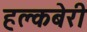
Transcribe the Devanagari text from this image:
हक्लबेरी